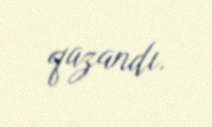
qazandı.